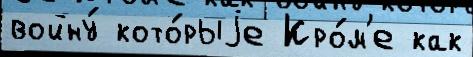
войну́ кото́рыjе Кро́м'е как